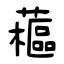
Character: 藲